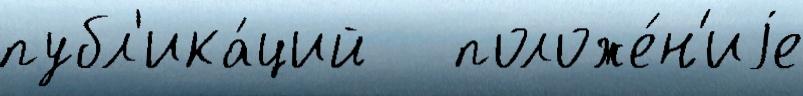
публ'ика́ций   положе́н'иjе